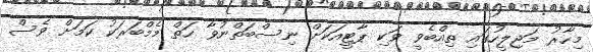
މިހާރު މަޖިލީހުގައި ތިއްބެވީ ވަކި ޕާޓީއަކަށް ނިސްބަތްނުވާ ހަތް މެމްބަރަކު ކަމަށް ވެސް